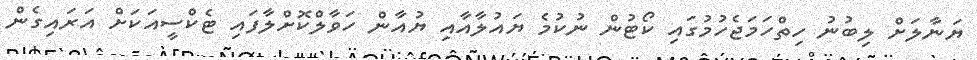
ޔަނާލަށް ލިބުނު ހިތްހަމަޖެހުމުގައި ކޯޓުން ނުކުމެ ޔައުލާއާއި ޔުއާން ހަވާލްކޮށްލާފައި ޓެކްސީއަކަށް އަރައިގެން